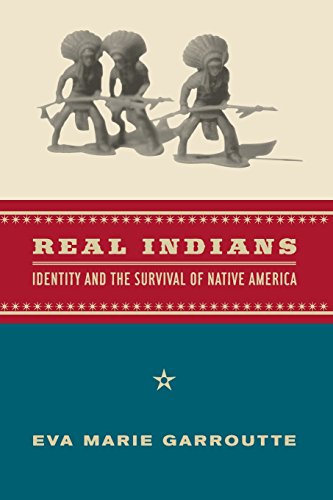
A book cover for Real Indians: Identity and the Survival of Native America; Eva Marie Garroutte; Politics & Social Sciences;